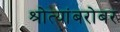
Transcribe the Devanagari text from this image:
श्रोत्यांबरोबर